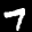
Label: 7